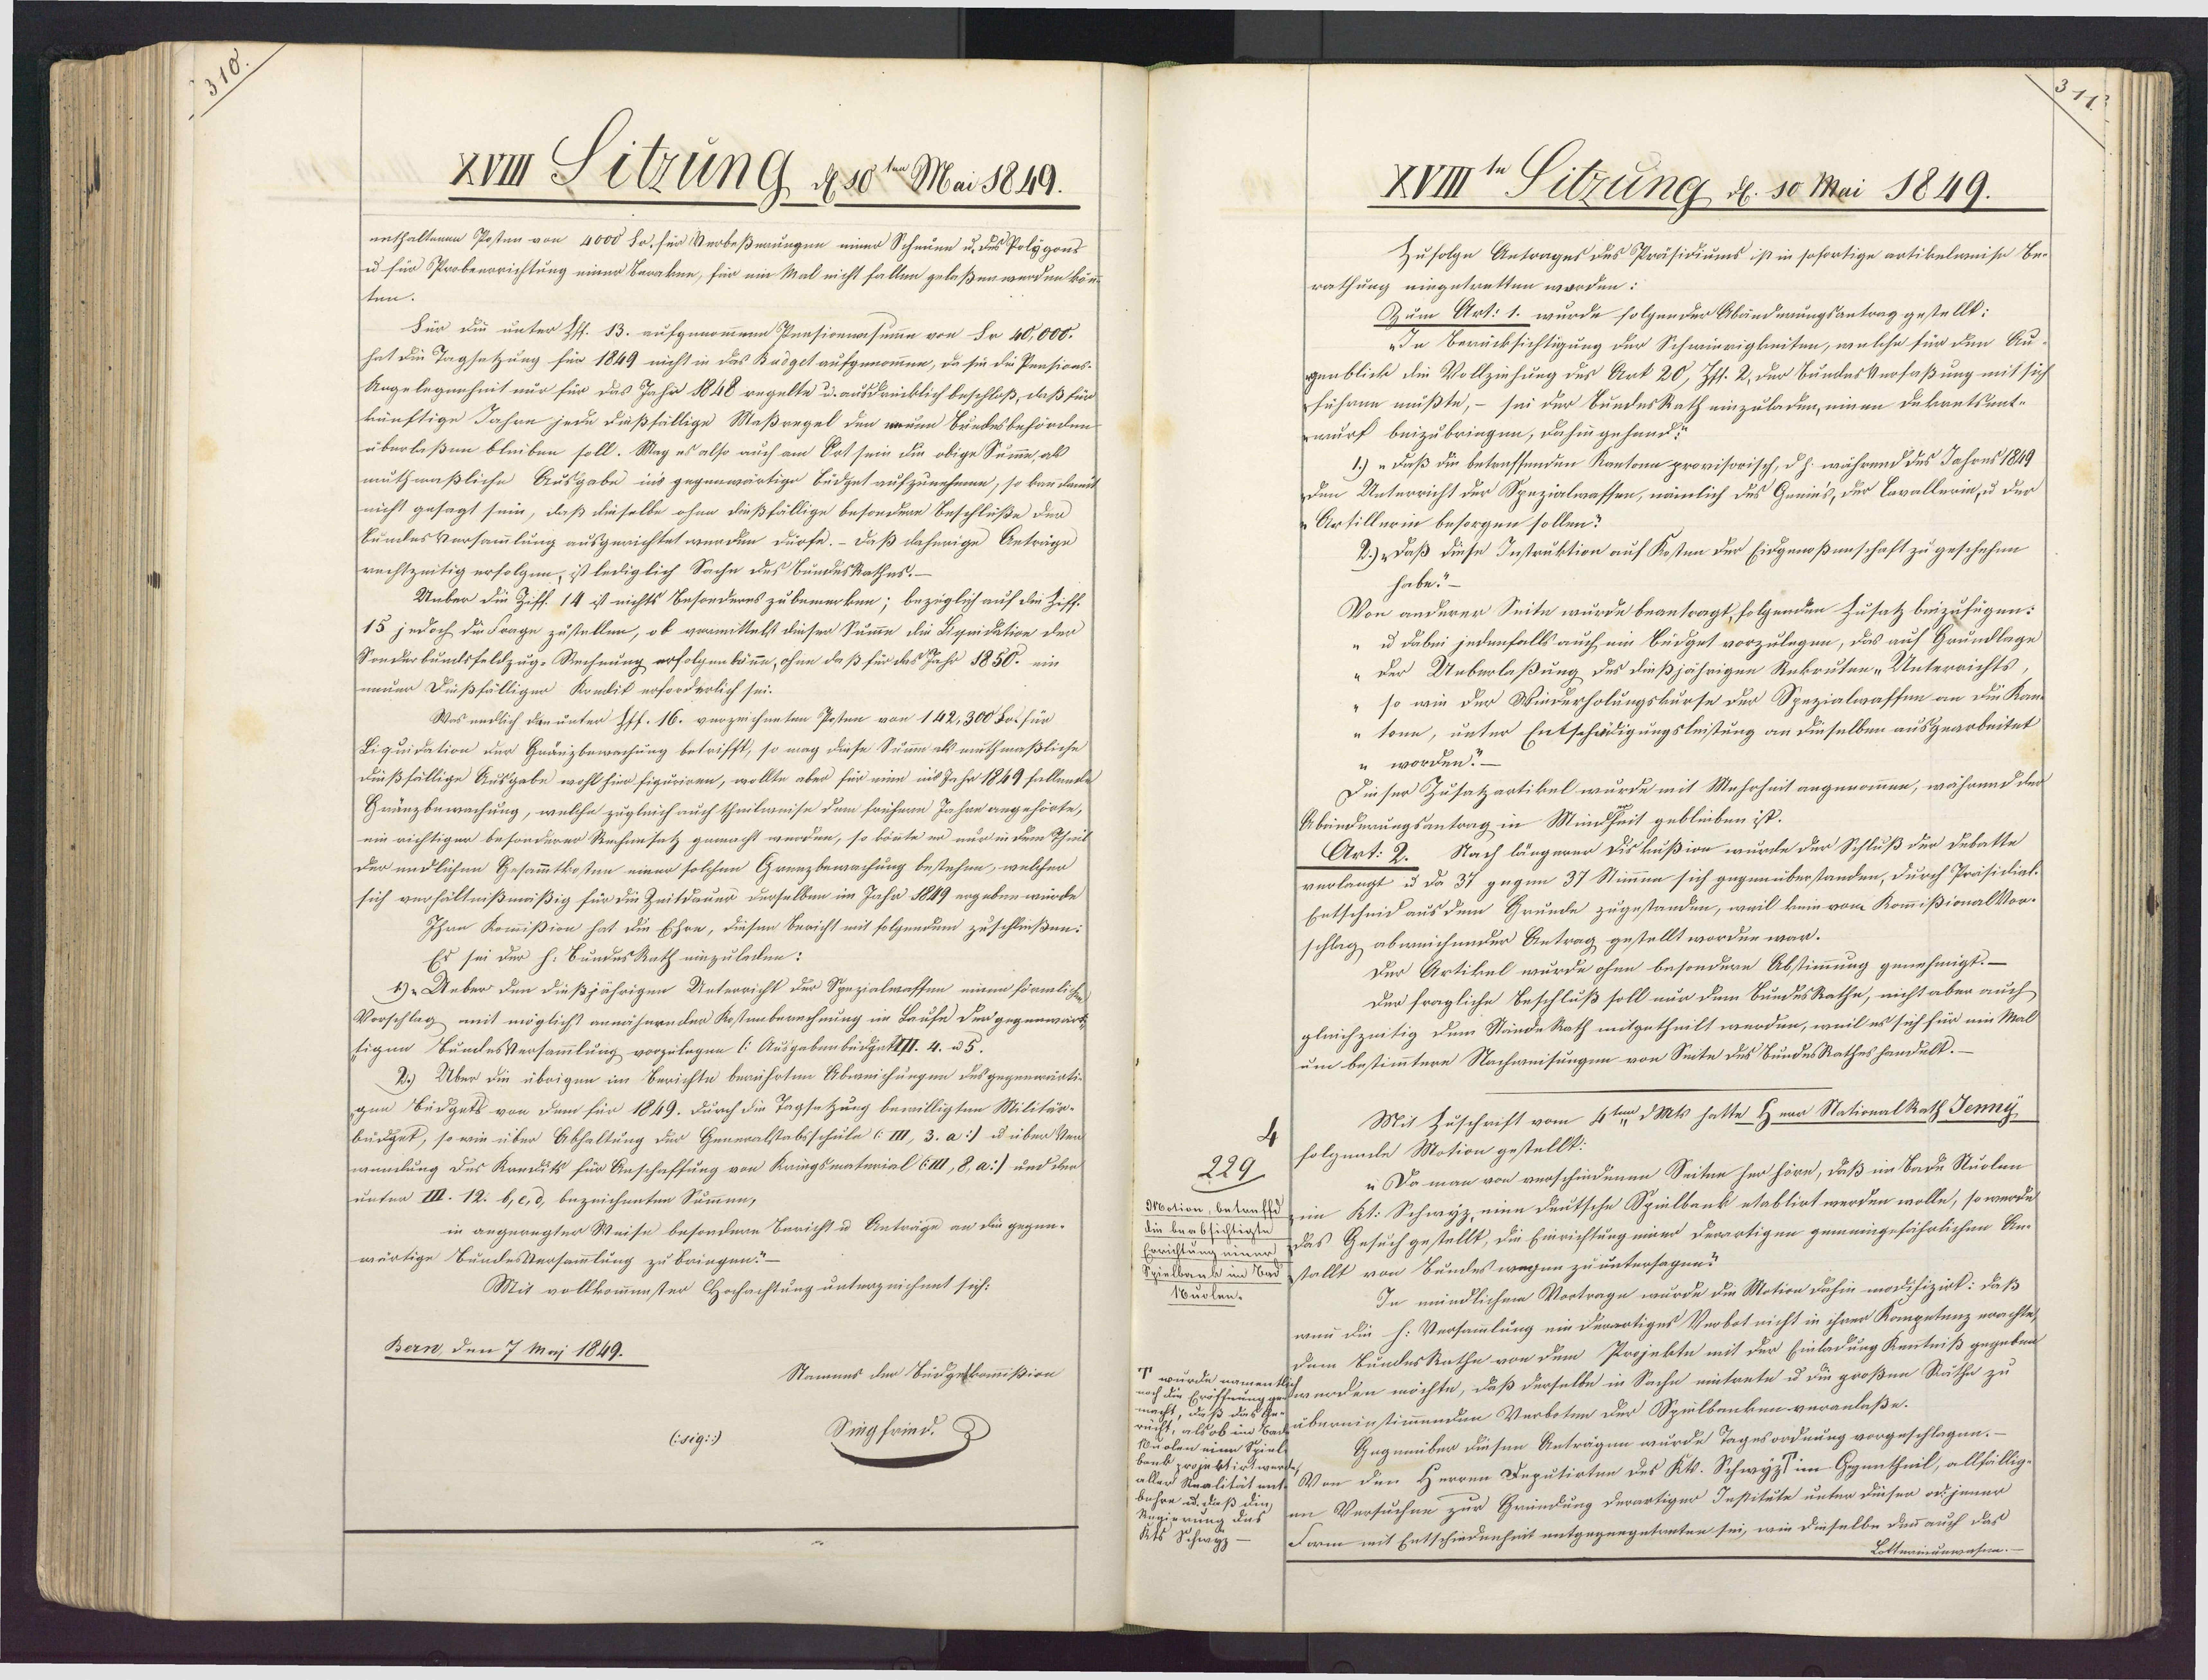
XVIII Sitzung, d. 10te Mai 1849.
enthaltenen Posten von 4000 So. für Verbeßenungen einer Scheuen u. des Polygons
u für Probeerrichtung einer Berakne, für ein Mal nicht fallen gelaßen werden köne
ten.
Für die unter Pff. 13. aufgenommenn Pensionwsume von Fr 40,000.
hat die Tagsetzung für 1849 nicht in das Badget aufgenommen, da sie die Pensions-
Angelegenheit nur für das Jahr 1848 regelte u. ausdrücklich beschloß, daß für
künftige Jahre jede dießfällige Maßregel den weuen Bundesbehörden
überlaßen bleiben soll. Mag es also auch am Ort sein die obige Summe, als
muthmaßliche Ausgabe ins gegenwärtige Büdget aufzunehmen, so kann damit
nicht gesagt sein, daß dieselbe ohne dießfällige besondere Beschlüße der
Bundes Versammlung ausgerichtet werden dürfe. – Daß daherige Anträge
rechtzeitig erfolgen, ist lediglich Sache des Bundeskathes.
Unber die Ziff. 14 ist nichts Besonderes zu bemerken; bezüglich auf die Ziff¬
15 jedoch die Frage zustellen, ob vormittelst dieser Summe die Liquidation der
Sonderbumdsfeldzug-Rechnung erfolgen könne, ohne daß für das Jahr 1850. ein
neuer Dißfälliger Krndik erforderlich sei.
Was endlich dan unter Hff. 16. verzeichneten Posten von 142,300 Bot für
Liquidation der Gränzbewachung betrifft, so mag diese Summe als muthmaßliche
dießfällige Ausgabe wohl hier figuriren, wollte aber für ein ins Jahr 1849 fallende
Gränzbewachung, welche zugleich auch theilweise dem frühern Jahre angehörte,
ein richtiger besonderer Rechensatz gemacht werden, so könnte er nur in dem Theils
Der endlichen Gesammtkosten einer solchen Grenzbewachung bestehen, welchen
sich verhältnißmäßig für die Zeitdauer derselben im Jahr 1849 ergeben würde.
Ihre Kommißion hat die Ehre, diesen Bericht mit folgendem zuschließen:
Er sei der h. BundesRath einzuleden:
1) "Ueber den dießjährigen Unterricht der Spezialwaffen einen förmlichen
Vorschlag mit möglicht annäheender Kostenberechnung im Laufe der gegenwärt¬
tigen BundesVersammlung vorzulegen (: Ausgebenbedgett. 4. u 5.
2.) Über die übrigen im Berichte berührten Abweichungen des gegenwärtig
gen Bedgets von dem für 1849. durch die Tagsetzung bewilligten Militär-
budget, so wie über Abhaltung der Generalstabsschule (III, 3. a:] u über Ven¬
wundung des Kredits für Anschaffung von Kriegsmaterial (III, 8, a] und den
unter III. 12. b, e, d. bezeichneten Summen,
in angeregter Weise besondere Bericht u Anträge an die gegen-
wärtige BundesVersammlung zu bringen?
Mit vollkommenster Hochachtung unterzeichnnt sich:
Bern, den 7 Maj 1849.
Nammes der Bidgeskommißion
Siegfried. D
Csig::)

XVIIIt Sitzung d. 10 Mai 1849.
Zufolge Antrages des Präsidiums ist in sofortige artikelweise Be¬
rathung eingetretten worden:
Zum Art: 1. wurde folgender Abänderungsantrag gestellt:
„In Berücksichtigung der Schwierigkeiten, welche für den Au¬
genblick die Vollziehung des Art 20, Jss. 2, der BundesVerfaßung mit sich
führen müßte, – sei der BundesRath einzuladen, einen Dekantsent¬
wurf beizubringen, dahin gehand:
1.) „Daß die betreffenden Kantona provisorisch, d h. während des Jahres 1849
Den Unterricht der Spezialwassen, nämlich des Genies, der Cavallerin, u der
Artillerin besorgen sollen?
2.)Daß diese Instruktion auf Kosten der Eidgenoßenschaft zu geschehen
habe"
Von anderer Seite wurde beantragt, folgenden Zusatz beizufügen:
„ u dabei jedenfalls auch ein Büdget vorzulegen, das auf Grundlage
„der Ueberlaßung des dießjährigen Rekruten „Unterrichts
so wie der Wiederholungskurse der Spezialwaffen an die Kant
"tonn, unter Entschädigungsleistung an dieselben ausgearbeitet
n worden?—
Dieser Zusatzartikel wurde mit Mehrheit angenommen, während der
Abeinderungsantrag in Mindheit gebleiben ist.
Art: 2. Nach längerer Diskußion wurde der Schluß der Debatte
verlangt u da 37 gegen 37 Stimmen sich gegenüberstanden, durch Präsidial¬
Entscheid aus dem Grunde zugestanden, weil kein vom KommißionalVor¬
schlag abweichender Antrag gestellt worden war.
Der Artikel wurde ohne besondern Abstimmung genehmigt. —
Der fragliche Beschluß soll nur dem BundesRathe, nicht aber auch
gleichzeitig dem Stände Rath mitgetheilt werden, weil es sich für ein Mal¬
um bestimmtere Nachweisungen von Seite des BundesRathes handelt.—
Mit Zuschrift vom 4ten dMks hatte Herr StationalRath Jenny
folgende Motion gestellt.
229
„ Da man von verschiedenen Seiten her höre, daß im Bade Suolen
Modion, betraffd in Kt. Schwyz eine deutsche Spielbank etablirt werden wolle, so werde
die beabsichtigte
Errichtung einer Das Gesuch gestellt, die Einrichtung einer derartigen gemeingefährlichen An¬
Spielbank im Badstallt von Sundes wegen zu untersagen?
In mündlichem Vortrage wurde die Motion dahin modifizirt: daß
1uolen.
wenn die h. Versammlung ein derartiges Verbot nicht in ihrer Kompetenz erachte
dem BundesRathe von dem Projekte mit der Einladung Kenntniß gegeben
würde namen schwerden möchte, daß derselbe in Sache eitrete u die großen Räthe zu
noch die Eröffnung
macht, daß das Ge¬
rucht, als ob im Badübereinstimmenden Verboten der Spulbanken veranlaße.
Gegenüber diesen Anträgen wurde Tagesordnung vorgeschlagen.—
1uolen eine Spiel
bank projektirt wer¬
aller Realitätent Von den Herren Deputirten des Kt. Schwyz im Gegentheil, allfällig
bühre u. daß die
em Versuchen zur Gründung derartiger Institute unter diesen od jener
Rugierung das
Form mit Entschiedenheit entgegengetreten sei, wie dieselbe denn auch daß
Kts Schwyz
Lottnainunwasnn.